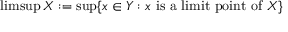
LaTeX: \operatorname* { l i m s u p } X : = \operatorname* { s u p } \{ x \in Y : x { \mathrm { ~ i s ~ a ~ l i m i t ~ p o i n t ~ o f ~ } } X \}